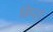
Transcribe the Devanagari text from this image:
सिध्दर्थ